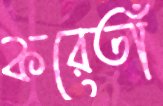
করেতাঁ